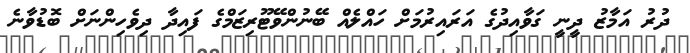
ދުރު އަމާޒު ދީނީ ގަވާއިދުގެ އަރައިރުމަށް ހައްލެއް ބޭނުންވޭޓޫރިޒަމްގެ ފައިދާ ދިވެހިންނަށް ބޮޑުވާނެ